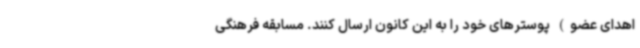
اهدای عضو) پوسترهای خود را به این کانون ارسال کنند. مسابقه فرهنگی